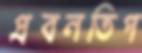
প্রবনতিপ